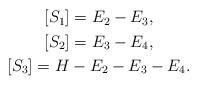
LaTeX: \begin{align*} \begin{gathered} [S_1]= E_2 -E_3, \\ [S_2] = E_3-E_4 ,\\ [S_3] = H - E_2 -E_3 -E_4 . \end{gathered}\end{align*}